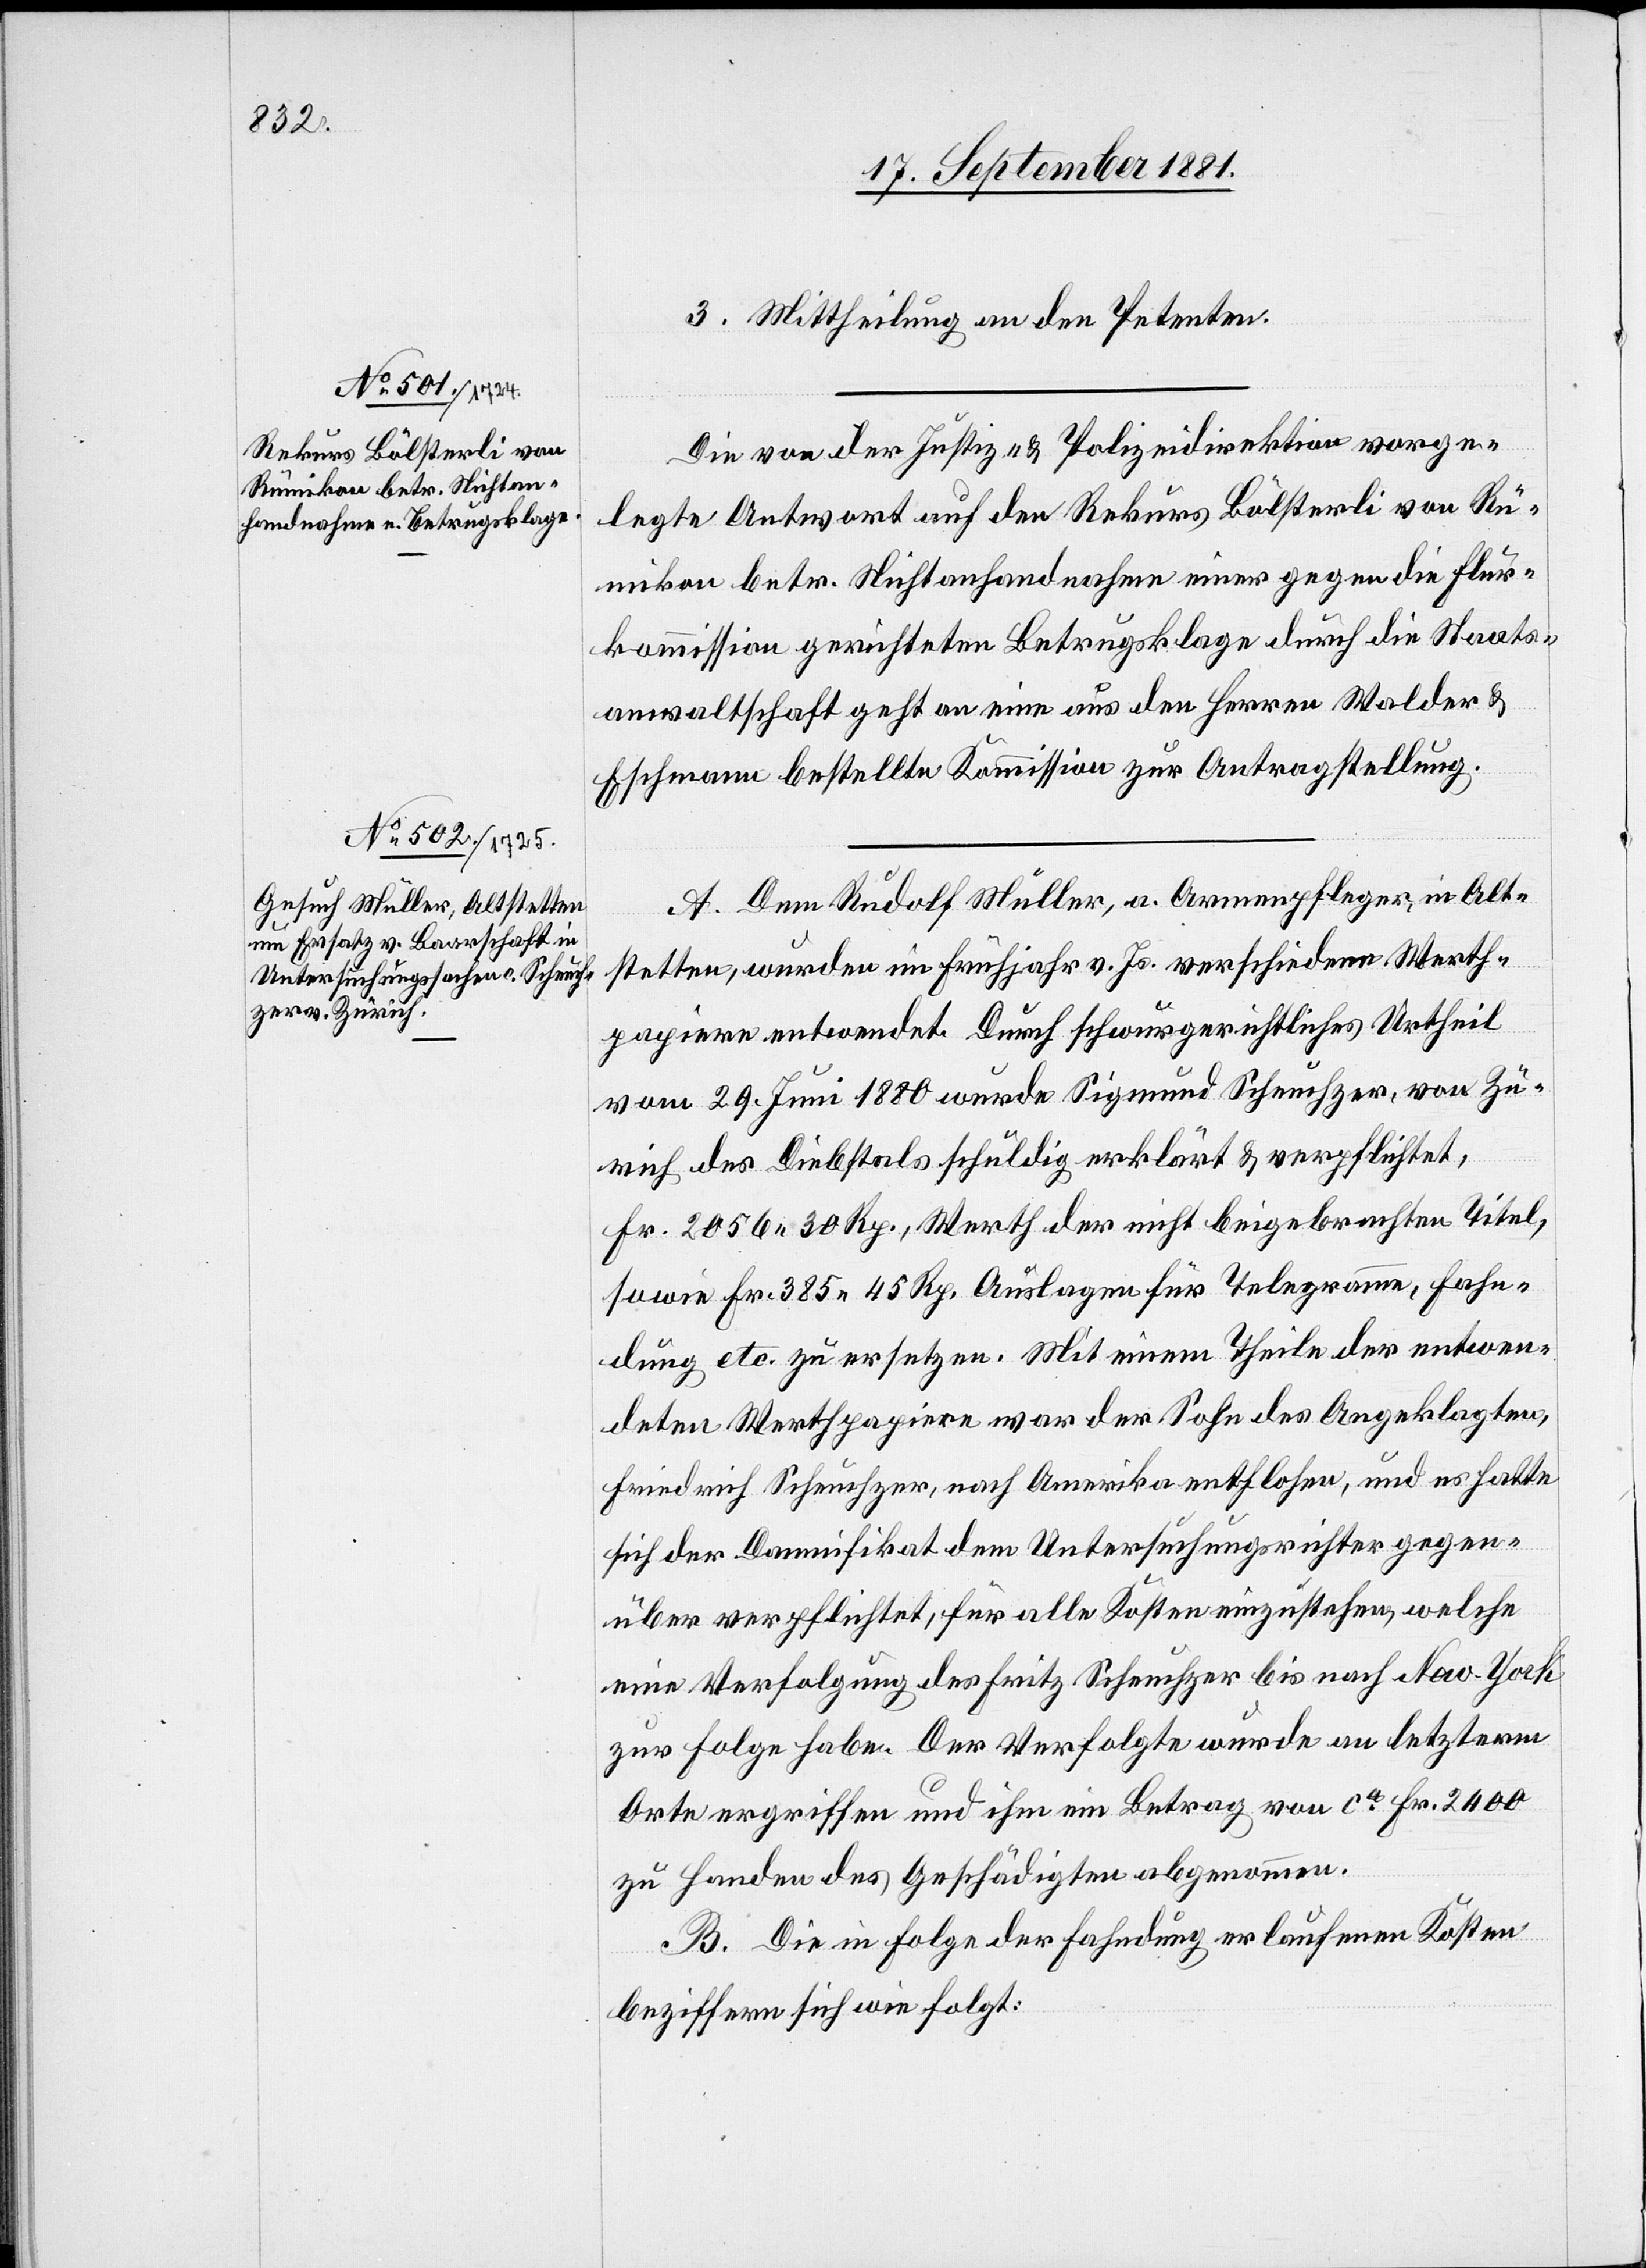
3. Mittheilung an den Petenten.
Die von der Justiz- & Polizeidirektion vorge¬
legte Antwort auf den Rekurs Bölsterli von Rü¬
mikon betr. Nichtanhandnahme einer gegen die Flur¬
kommission gerichteten Betrugsklage durch die Staats¬
anwaltschaft geht an eine aus den Herren Walder &
Eschmann bestellte Kommission zur Antragstellung.
A. Dem Rudolf Müller, a. Armenpfleger, in Alt¬
stetten, wurden im Frühjahr v. Js. verschiedene Werth¬
papiere entwendet. Durch schwurgerichtliches Urtheil
vom 29. Juni 1880 wurde Sigmund Scheuchzer, von Zü¬
rich des Diebstals schuldig erklärt & verpflichtet,
Fr. 2056 30 Rp., Werth der nicht beigebrachten Titel,
sowie Fr. 385 45 Rp. Auslagen für Telegramme, Fahn¬
dung etc. zu ersetzen. Mit einem Theile der entwen¬
deten Werthpapiere war der Sohn des Angeklagten,
Friedrich Scheuchzer, nach Amerika entflohen, und es hatte
sich der Damnifikat dem Untersuchungsrichter gegen¬
über verpflichtet, für alle Kosten einzustehen, welche
eine Verfolgung des Fritz Scheuchzer bis nach New York
zur Folge habe. Der Verfolgte wurde an letzterm
Orte ergriffen und ihm ein Betrag von ca Fr. 2400
zu Handen des Geschädigten abgenommen.
B. Die in Folge der Fahndung erlaufenen Kosten
beziffern sich wie folgt: